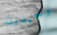
وحيدون